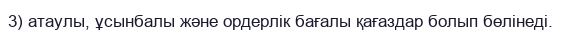
3) атаулы, ұсынбалы және ордерлік бағалы қағаздар болып бөлінеді.